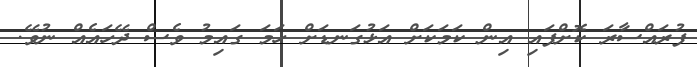
ފުރައްސާރަ ކޮށްފައި އިން ކަމަކަށް އަޅުގަނޑަށް ހަމަ ގައިމު ވެސް ދޭހައެއް ނުވޭ.